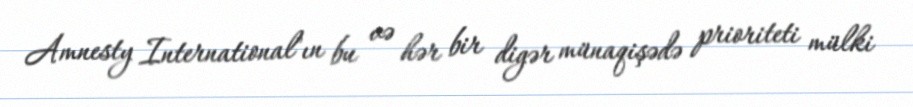
Amnesty International"ın bu və hər bir digər münaqişədə prioriteti mülki